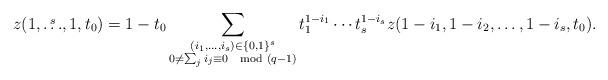
LaTeX: \begin{align*}z(1,\overset{s}{\dots},1,t_0) = 1 - t_0\sum_{\substack{(i_1,\dots,i_s) \in \{0,1\}^s \\ 0 \neq \sum_j i_j \equiv 0 \mod (q-1)}} t_1^{1 - i_1}\cdots t_s^{1-i_s} z(1 - i_1, 1 - i_2,\dots,1 - i_s,t_0).\end{align*}